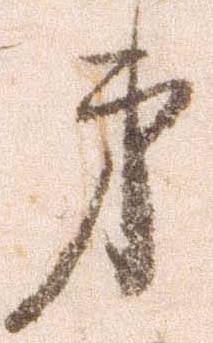
弟